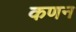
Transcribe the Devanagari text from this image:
कणन